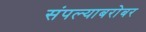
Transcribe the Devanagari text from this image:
संपल्याबरोबर